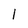
Character: 1